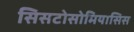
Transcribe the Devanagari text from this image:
सिसटोसोमियासिस